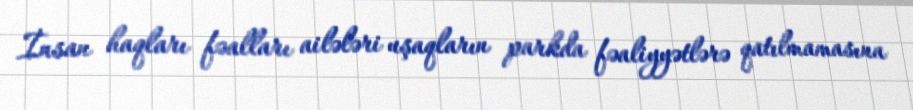
İnsan haqları fəalları ailələri uşaqların parkda fəaliyyətlərə qatılmamasına